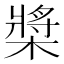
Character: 槳